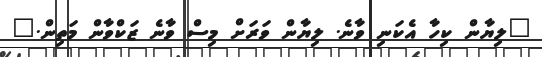
"ލިޔާން ކިހާ އެކަނި ވާނެ. ލިޔާން ވަރަށް މިސް ވާނެ ޒަކްވާން މަތިން."